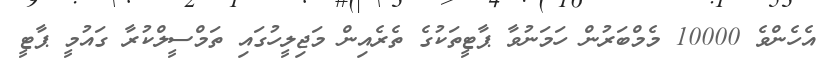
އެހެންވެ 10000 މެމްބަރުން ހަމަނުވާ ޕާޓީތަކުގެ ތެރެއިން މަޖިލީހުގައި ތަމްސީލްކުރާ ގައުމީ ޕާޓީ